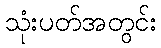
သုံးပတ်အတွင်း